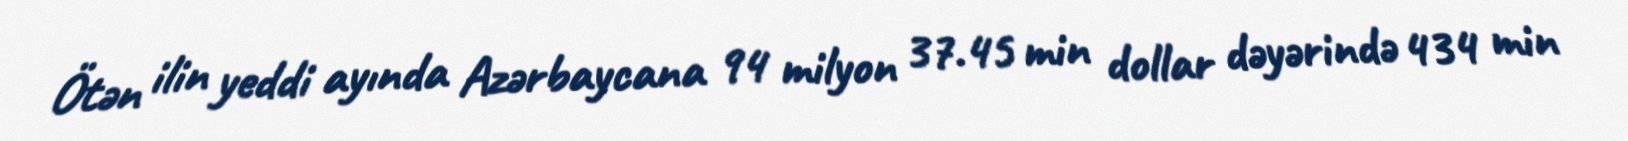
Ötən ilin yeddi ayında Azərbaycana 94 milyon 37.45 min dollar dəyərində 434 min